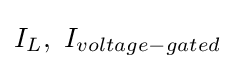
I_{L},~I_{voltage-gated}